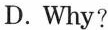
D.Why?